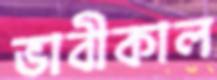
ভাবীকাল